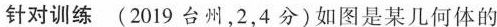
\underline{针对训练}(2019台州，2，4分)如图是某几何体的